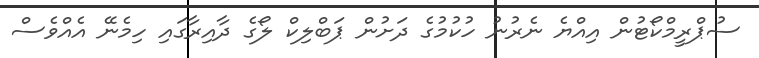
ސުޕްރީމްކޯޓުން އިއްޔެ ނެރުނު ހުކުމުގެ ދަށުން ޕަބްލިކް ލޯގެ ދާއިރާގައި ހިމެނޭ އެއްވެސް